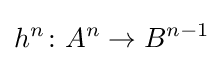
h^{n}\colon A^{n}\to B^{n-1}